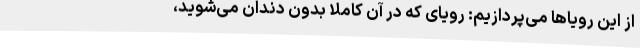
از این رویاها می‌پردازیم: رویای که در آن کاملاً بدون دندان می‌شوید،